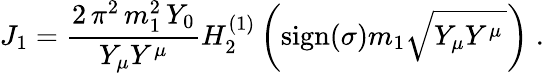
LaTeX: J_{1}=\frac{2\, \pi^{2}\, m_{1}^{2}\, Y_{0}}{Y_{\mu}Y^{\mu}}H_{2}^{(1)}\left(\mathrm{sign}(\sigma)m_{1}\sqrt{Y_{\mu}Y^{\mu}\, }\right)\; .